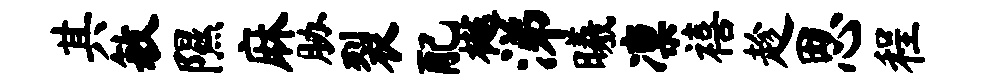
其敏隰麻胁裂配樾涕曦凛禧趁思程